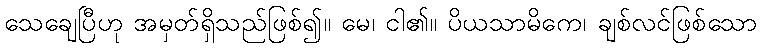
သေချေပြီဟု အမှတ်ရှိသည်ဖြစ်၍။ မေ၊ ငါ၏။ ပိယသာမိကေ၊ ချစ်လင်ဖြစ်သော